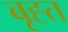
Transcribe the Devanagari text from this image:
बृह्त